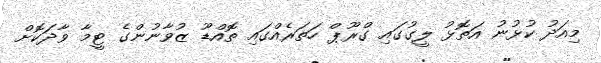
މިއަދު ކުޅުނު އަތޮޅު ލީގުގައި ގްރޫޕް ހަތަރެއްގައި ތޮއްޑޫ ޒުވާނުންގެ ޓީމާ ވާދަކޮށް